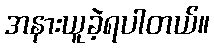
အနားယူခဲ့ရပါတယ်။